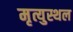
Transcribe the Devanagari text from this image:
मृत्युस्थल